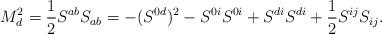
LaTeX: \begin{align*}M^2_d = \frac{1}{2} S^{ab} S_{ab} = -(S^{0d})^2 - S^{0 i} S^{0 i} + S^{d i} S^{d i} + \frac{1}{2}S^{i j} S_{i j}.\end{align*}